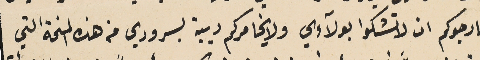
فارجوكم ان لا تشكوا بولآءي ولا يخامركم ديية بسروري من هذه المنحة التي